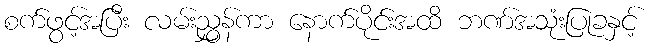
စက်ဖွင့်အပြီး လမ်းညွှန်ကာ နောက်ပိုင်းအထိ ဘဏ်အသုံးပြုခနှင့်